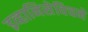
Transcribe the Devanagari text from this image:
इव्हानिसेविचने